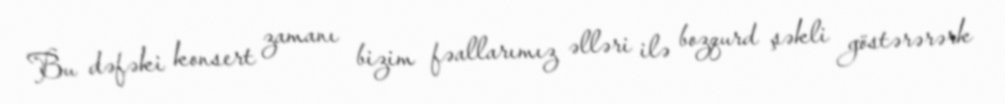
Bu dəfəki konsert zamanı bizim fəallarımız əlləri ilə bozqurd şəkli göstərərərk